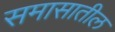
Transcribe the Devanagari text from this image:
समासातील